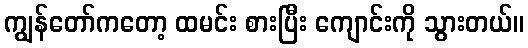
ကျွန်တော်ကတော့ ထမင်း စားပြီး ကျောင်းကို သွားတယ်။